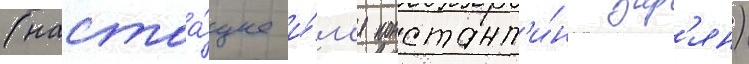
(настоа́щее и́м'я констант'и́н зар'ян)